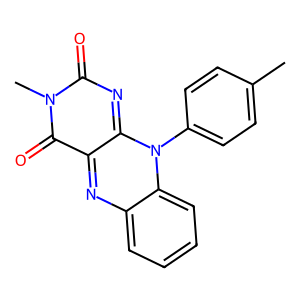
SMILES: Cc1ccc(-n2c3nc(=O)n(C)c(=O)c-3nc3ccccc32)cc1
Inhibits HIV replication: No